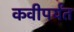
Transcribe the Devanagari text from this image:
कवीपर्यंत